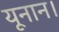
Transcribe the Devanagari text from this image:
यूनान।